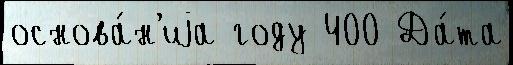
основа́н'иjа году 400 Да́та